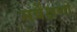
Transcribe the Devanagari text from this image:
सर्वेक्षणो